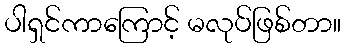
ပါရှင်ကာကြောင့် မလုပ်ဖြစ်တာ။